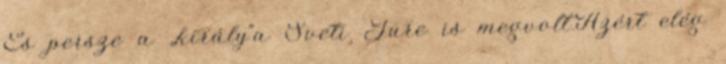
És persze a „király”a Sveti Jure is megvolt.Azért elég